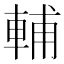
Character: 輔